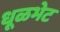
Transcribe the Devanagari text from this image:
धूळभेट